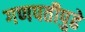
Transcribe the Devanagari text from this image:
गणपतीपुढे